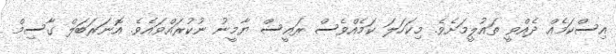
އިސްކަމެއް ދެއްވީ ތައުލީމަށެވެ. މިކަހަލަ ކަމެއްވެސް ރައީސް ޔާމީނު ނުކުރައްވައެވެ. އޮނަރަބަލް ގާސިމް